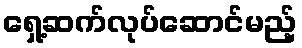
ရှေ့ဆက်လုပ်ဆောင်မည့်